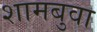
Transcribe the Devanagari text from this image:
शामबुवा